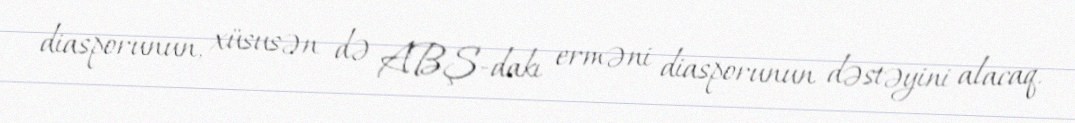
diasporunun, xüsusən də ABŞ-dakı erməni diasporunun dəstəyini alacaq.